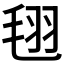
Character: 𣭜